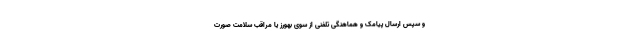
و سپس ارسال پیامک و هماهنگی تلفنی از سوی بهورز یا مراقب سلامت صورت